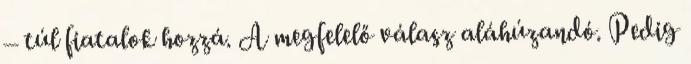
– túl fiatalok hozzá. A megfelelő válasz aláhúzandó. Pedig